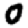
Digit: 0